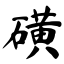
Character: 磺